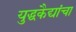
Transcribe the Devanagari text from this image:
युद्धकैद्यांचा